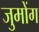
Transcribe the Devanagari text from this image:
जुमोंग